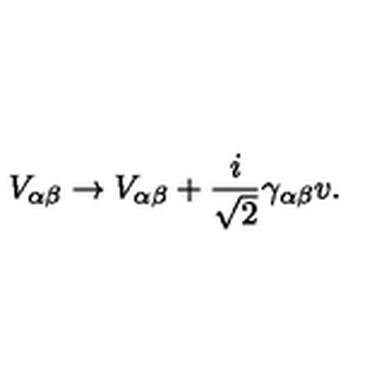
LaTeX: V _ { \alpha \beta } \rightarrow V _ { \alpha \beta } + \frac { i } { \sqrt { 2 } } \gamma _ { \alpha \beta } v .